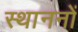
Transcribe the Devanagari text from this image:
स्थाननों